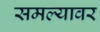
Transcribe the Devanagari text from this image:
समल्यावर